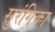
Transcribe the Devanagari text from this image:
सुरंगिका